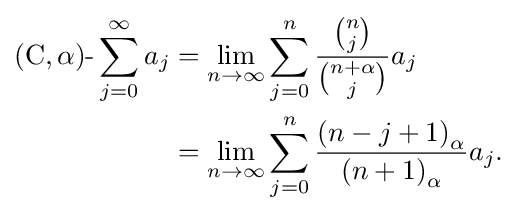
{\begin{aligned}(\mathrm {C} ,\alpha ){\text{-}}\sum _{j=0}^{\infty }a_{j}&=\lim _{n\to \infty }\sum _{j=0}^{n}{\frac {\binom {n}{j}}{\binom {n+\alpha }{j}}}a_{j}\\&=\lim _{n\to \infty }\sum _{j=0}^{n}{\frac {\left(n-j+1\right)_{\alpha }}{\left(n+1\right)_{\alpha }}}a_{j}{\text{.}}\end{aligned}}